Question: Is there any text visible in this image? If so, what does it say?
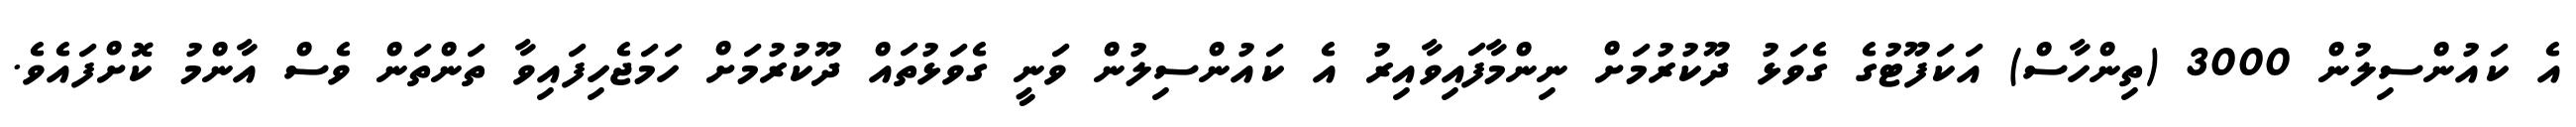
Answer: އެ ކައުންސިލުން 3000 (ތިންހާސް) އަކަފޫޓުގެ ގެވަޅު ދޫކުރުމަށް ނިންމާފައިވާއިރު އެ ކައުންސިލުން ވަނީ ގެވަޅުތައް ދޫކުރުމަށް ހަމަޖެހިފައިވާ ތަންތަން ވެސް އާންމު ކޮށްފައެވެ.